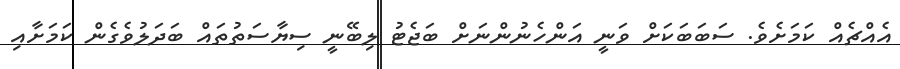
އެއްޗެއް ކަމަށެވެ. ސަބަބަކަށް ވަނީ އަންހެނުންނަށް ބަޖެޓު ލިބޭނީ ސިޔާސަތުތައް ބަދަލުވެގެން ކަމަށާއި